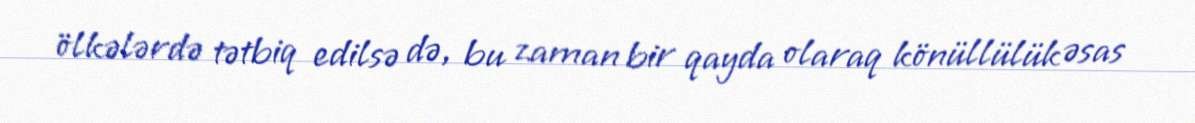
ölkələrdə tətbiq edilsə də, bu zaman bir qayda olaraq könüllülük əsas